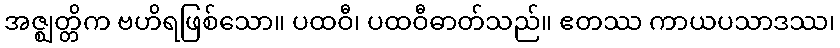
အဇ္ဈတ္တိက ဗဟိရဖြစ်သော။ ပထဝီ၊ ပထဝီဓာတ်သည်။ ဧတဿ ကာယပသာဒဿ၊